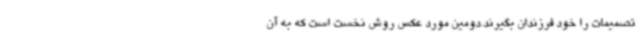
تصمیمات را خود فرزندان بگیرند.دومین مورد عکس روش نخست است که به آن